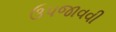
ઉપજાવવી